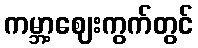
ကမ္ဘာ့ဈေးကွက်တွင်